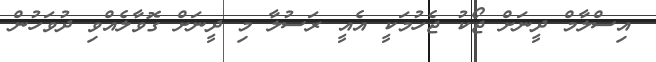
އިސްލާމް ދީނަށް ޖޯކު ޖެހުމަކީ އެއީ ރަސުލާ މި ދީނަށް ގޮވާލެއްވި ދުވަހުން